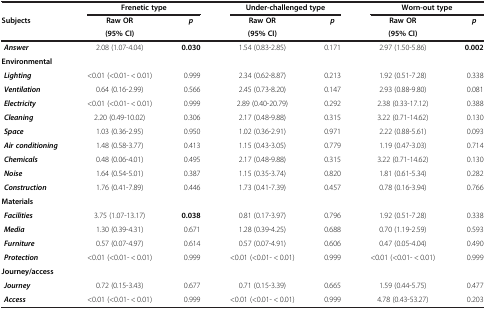
<table><thead><tr><td><b> </b></td><td colspan="2"><b>Frenetic type</b></td><td colspan="2"><b>Under-challenged type</b></td><td colspan="2"><b>Worn-out type</b></td></tr><tr><td rowspan="2"><b>Subjects</b></td><td><b>Raw OR</b></td><td rowspan="2"><b><i>p</i></b></td><td><b>Raw OR</b></td><td rowspan="2"><b><i>p</i></b></td><td><b>Raw OR</b></td><td rowspan="2"><b><i>p</i></b></td></tr><tr><td><b>(95% CI)</b></td><td><b>(95% CI)</b></td><td><b>(95% CI)</b></td></tr></thead><tbody><tr><td> <b><i>Answer</i></b></td><td>2.08 (1.07-4.04)</td><td><b>0.030</b></td><td>1.54 (0.83-2.85)</td><td>0.171</td><td>2.97 (1.50-5.86)</td><td><b>0.002</b></td></tr><tr><td><b>Environmental</b></td><td> </td><td> </td><td> </td><td> </td><td> </td><td> </td></tr><tr><td> <b><i>Lighting</i></b></td><td>&lt;0.01 (&lt;0.01- &lt; 0.01)</td><td>0.999</td><td>2.34 (0.62-8.87)</td><td>0.213</td><td>1.92 (0.51-7.28)</td><td>0.338</td></tr><tr><td> <b><i>Ventilation</i></b></td><td>0.64 (0.16-2.99)</td><td>0.566</td><td>2.45 (0.73-8.20)</td><td>0.147</td><td>2.93 (0.88-9.80)</td><td>0.081</td></tr><tr><td> <b><i>Electricity</i></b></td><td>&lt;0.01 (&lt;0.01- &lt; 0.01)</td><td>0.999</td><td>2.89 (0.40-20.79)</td><td>0.292</td><td>2.38 (0.33-17.12)</td><td>0.388</td></tr><tr><td> <b><i>Cleaning</i></b></td><td>2.20 (0.49-10.02)</td><td>0.306</td><td>2.17 (0.48-9.88)</td><td>0.315</td><td>3.22 (0.71-14.62)</td><td>0.130</td></tr><tr><td> <b><i>Space</i></b></td><td>1.03 (0.36-2.95)</td><td>0.950</td><td>1.02 (0.36-2.91)</td><td>0.971</td><td>2.22 (0.88-5.61)</td><td>0.093</td></tr><tr><td> <b><i>Air conditioning</i></b></td><td>1.48 (0.58-3.77)</td><td>0.413</td><td>1.15 (0.43-3.05)</td><td>0.779</td><td>1.19 (0.47-3.03)</td><td>0.714</td></tr><tr><td> <b><i>Chemicals</i></b></td><td>0.48 (0.06-4.01)</td><td>0.495</td><td>2.17 (0.48-9.88)</td><td>0.315</td><td>3.22 (0.71-14.62)</td><td>0.130</td></tr><tr><td> <b><i>Noise</i></b></td><td>1.64 (0.54-5.01)</td><td>0.387</td><td>1.15 (0.35-3.74)</td><td>0.820</td><td>1.81 (0.61-5.34)</td><td>0.282</td></tr><tr><td> <b><i>Construction</i></b></td><td>1.76 (0.41-7.89)</td><td>0.446</td><td>1.73 (0.41-7.39)</td><td>0.457</td><td>0.78 (0.16-3.94)</td><td>0.766</td></tr><tr><td><b>Materials</b></td><td> </td><td> </td><td> </td><td> </td><td> </td><td> </td></tr><tr><td> <b><i>Facilities</i></b></td><td>3.75 (1.07-13.17)</td><td><b>0.038</b></td><td>0.81 (0.17-3.97)</td><td>0.796</td><td>1.92 (0.51-7.28)</td><td>0.338</td></tr><tr><td> <b><i>Media</i></b></td><td>1.30 (0.39-4.31)</td><td>0.671</td><td>1.28 (0.39-4.25)</td><td>0.688</td><td>0.70 (1.19-2.59)</td><td>0.593</td></tr><tr><td> <b><i>Furniture</i></b></td><td>0.57 (0.07-4.97)</td><td>0.614</td><td>0.57 (0.07-4.91)</td><td>0.606</td><td>0.47 (0.05-4.04)</td><td>0.490</td></tr><tr><td> <b><i>Protection</i></b></td><td>&lt;0.01 (&lt;0.01- &lt; 0.01)</td><td>0.999</td><td>&lt;0.01 (&lt;0.01- &lt; 0.01)</td><td>0.999</td><td>&lt;0.01 (&lt;0.01- &lt; 0.01)</td><td>0.999</td></tr><tr><td><b>Journey/access</b></td><td> </td><td> </td><td> </td><td> </td><td> </td><td> </td></tr><tr><td> <b><i>Journey</i></b></td><td>0.72 (0.15-3.43)</td><td>0.677</td><td>0.71 (0.15-3.39)</td><td>0.665</td><td>1.59 (0.44-5.75)</td><td>0.477</td></tr><tr><td> <b><i>Access</i></b></td><td>&lt;0.01 (&lt;0.01- &lt; 0.01)</td><td>0.999</td><td>&lt;0.01 (&lt;0.01- &lt; 0.01)</td><td>0.999</td><td>4.78 (0.43-53.27)</td><td>0.203</td></tr></tbody></table>